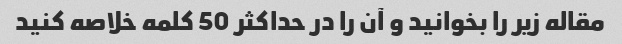
مقاله زیر را بخوانید و آن را در حداکثر 50 کلمه خلاصه کنید